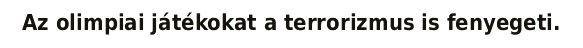
Az olimpiai játékokat a terrorizmus is fenyegeti.